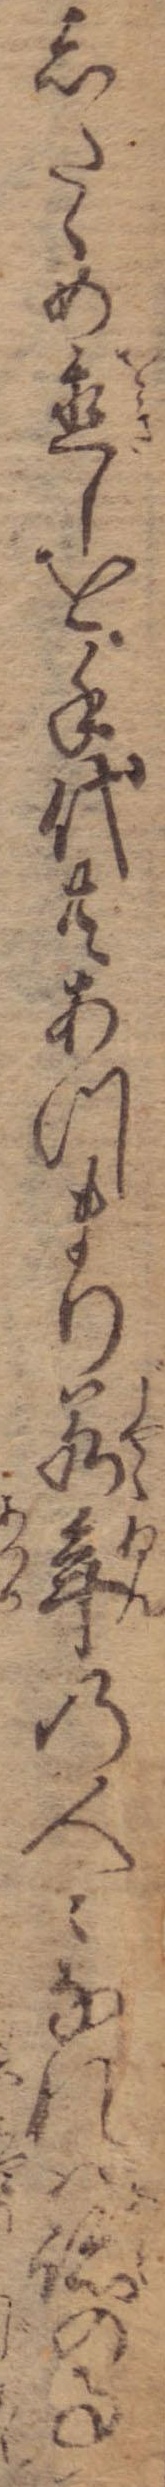
したゝめ置しを手代共あつまり若年の人々なれば跡の事